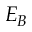
E _ { B }